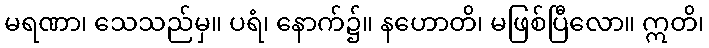
မရဏာ၊ သေသည်မှ။ ပရံ၊ နောက်၌။ နဟောတိ၊ မဖြစ်ပြီလော။ ဣတိ၊